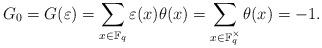
LaTeX: \begin{align*}G_{0}=G(\varepsilon)=\sum_{x\in \mathbb{F}_q}\varepsilon(x) \theta(x)=\sum_{x\in \mathbb{F}_q^{\times}}\theta(x)=-1.\end{align*}